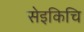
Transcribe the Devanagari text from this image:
सेइकिचि